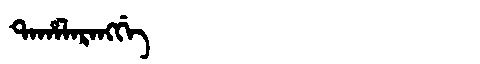
Manchu: ᡨᠠᡥᠠᠯᠠᡵᠠᠩᡤᡝ
Romanization: TAHALARANGGE